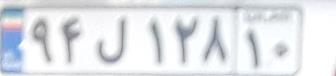
۹۴ل۱۲۸۱۰